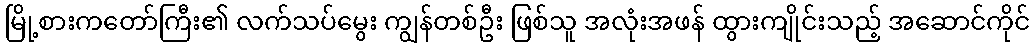
မြို့စားကတော်ကြီး၏ လက်သပ်မွေး ကျွန်တစ်ဦး ဖြစ်သူ အလုံးအဖန် ထွားကျိုင်းသည့် အဆောင်ကိုင်